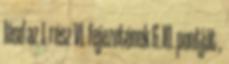
lásd az 1. rész VI. fejezetének 6.10. pontját ,